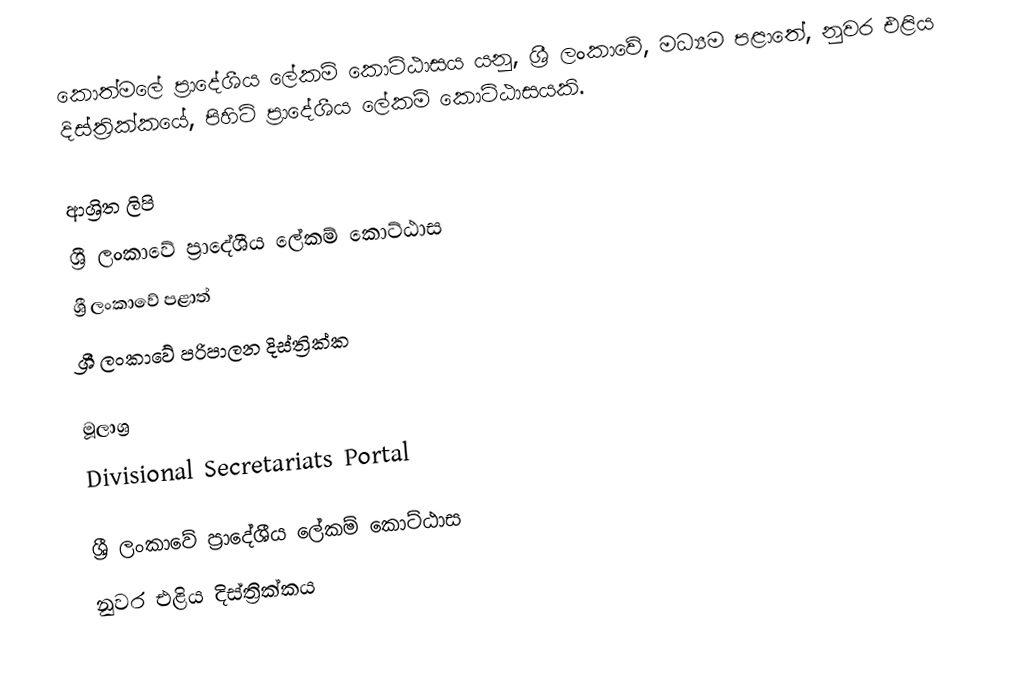
කොත්මලේ ප්‍රාදේශීය ලේකම් කොට්ඨාසය යනු,  ශ්‍රී ලංකාවේ, මධ්‍යම පළාතේ,   නුවර එළිය දිස්ත්‍රික්කයේ, පිහිටි ප්‍රාදේශීය ලේකම් කොට්ඨාසයකි.

ආශ්‍රිත ලිපි
ශ්‍රී ලංකාවේ ප්‍රාදේශීය ලේකම් කොට්ඨාස
ශ්‍රී ලංකාවේ පළාත්
ශ්‍රී ලංකාවේ පරිපාලන දිස්ත්‍රික්ක

මූලාශ්‍ර
 Divisional Secretariats Portal

ශ්‍රී ලංකාවේ ප්‍රාදේශීය ලේකම් කොට්ඨාස
නුවර එළිය දිස්ත්‍රික්කය